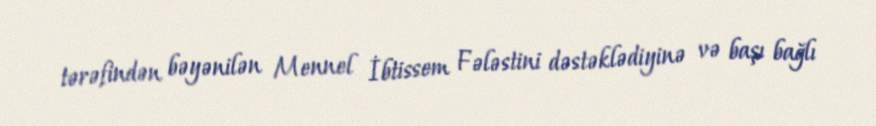
tərəfindən bəyənilən Mennel İbtissem Fələstini dəstəklədiyinə və başı bağlı